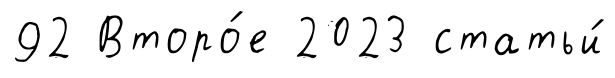
92 Второ́е 2023 статьи́